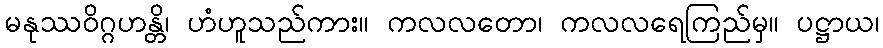
မနုဿဝိဂ္ဂဟန္တိ၊ ဟံဟူသည်ကား။ ကလလတော၊ ကလလရေကြည်မှ။ ပဋ္ဌာယ၊